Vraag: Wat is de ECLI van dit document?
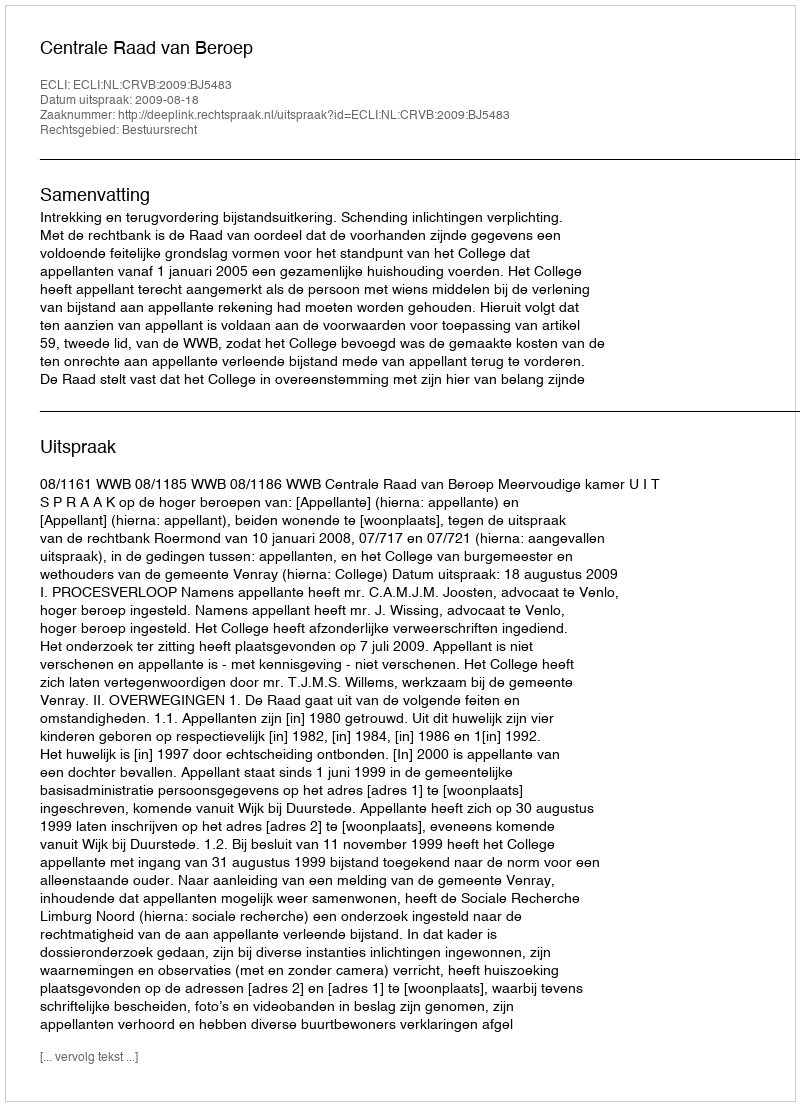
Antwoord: ECLI:NL:CRVB:2009:BJ5483